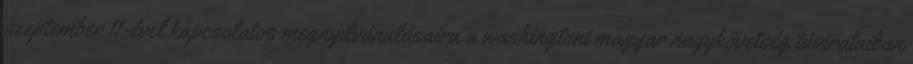
szeptember 11-ével kapcsolatos megnyilvánulásaira a washingtoni magyar nagykövetség távirataiban